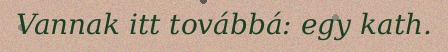
Vannak itt továbbá: egy kath.